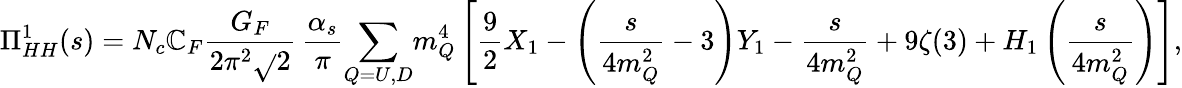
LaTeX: \Pi_{HH}^{1}(s)=N_{c}\mathbb{C}_{F}{\frac{{G_{F}}}{{2\pi^{2}\sqrt{}{2}}}}\, {\frac{{\alpha_{s}}}{{\pi}}}\! \sum_{Q=U,D}\! m_{Q}^{4}\left[{\frac{{9}}{{2}}}X_{1}-\left({\frac{{s}}{{4m_{Q}^{2}}}}-3\right)Y_{1}-{\frac{{s}}{{4m_{Q}^{2}}}}+9\zeta(3)+H_{1}\left({\frac{{s}}{{4m_{Q}^{2}}}}\right)\right],